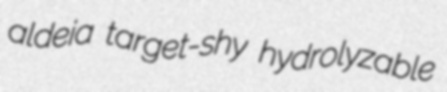
aldeia target-shy hydrolyzable